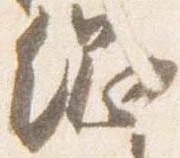
綱